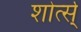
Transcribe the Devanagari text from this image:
शोर्त्स्